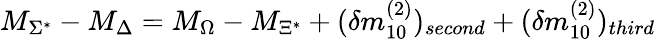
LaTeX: M_{\Sigma^{*}}-M_{\Delta}=M_{\Omega}-M_{\Xi^{*}}+(\delta m_{10}^{(2)})_{second}+(\delta m_{10}^{(2)})_{third}